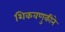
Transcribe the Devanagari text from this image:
शिकवणुकीने